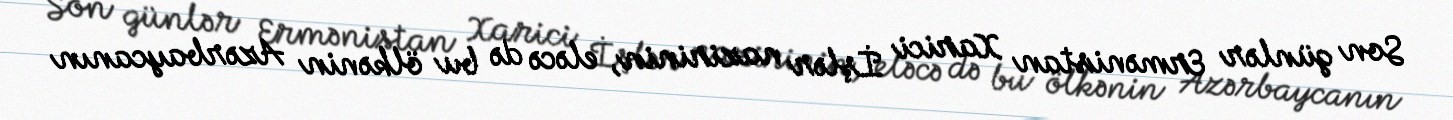
Son günlər Ermənistan Xarici İşlər nazirinin, eləcə də bu ölkənin Azərbaycanın